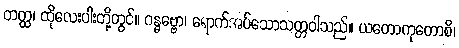
တတ္ထ၊ ထိုလေးပါးတို့တွင်။ ဂန္ဓဗ္ဗော၊ ရောက်အပ်သောသတ္တဝါသည်။ ယတောကုတောစိ၊